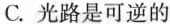
C.光路是可逆的